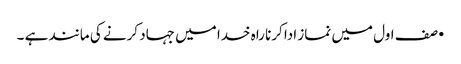
•صف اول میں نماز ادا کرنا راہ خدا میں جہاد کرنے کی مانند ہے ۔